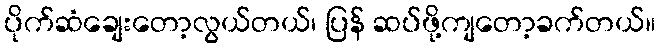
ပိုက်ဆံချေးတော့လွယ်တယ်၊ ပြန် ဆပ်ဖို့ကျတော့ခက်တယ်။